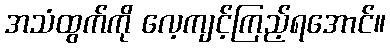
အသံထွက်ကို လေ့ကျင့်ကြည့်ရအောင်။